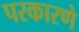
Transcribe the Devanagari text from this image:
परकारणे